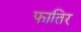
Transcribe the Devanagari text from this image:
फातिर